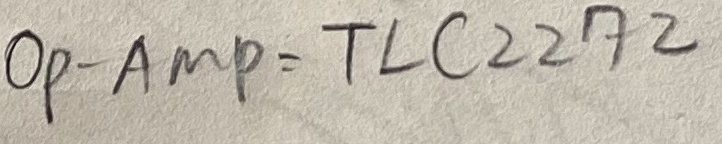
Text: OP-AMP=TLC2272